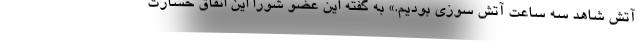
آتش شاهد سه ساعت آتش سوزی بودیم.» به گفته این عضو شورا این اتفاق خسارت